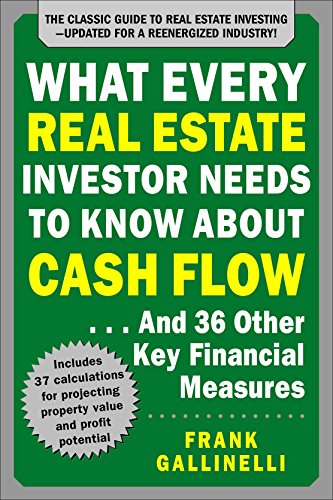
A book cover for What Every Real Estate Investor Needs to Know About Cash Flow... And 36 Other Key Financial Measures, Updated Edition; Frank Gallinelli; Business & Money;